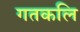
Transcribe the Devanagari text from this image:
गतकलि